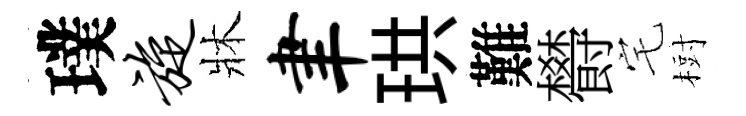
璞旋牀聿珙難欎宅𣗳